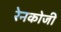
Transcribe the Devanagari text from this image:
रेनकोजी